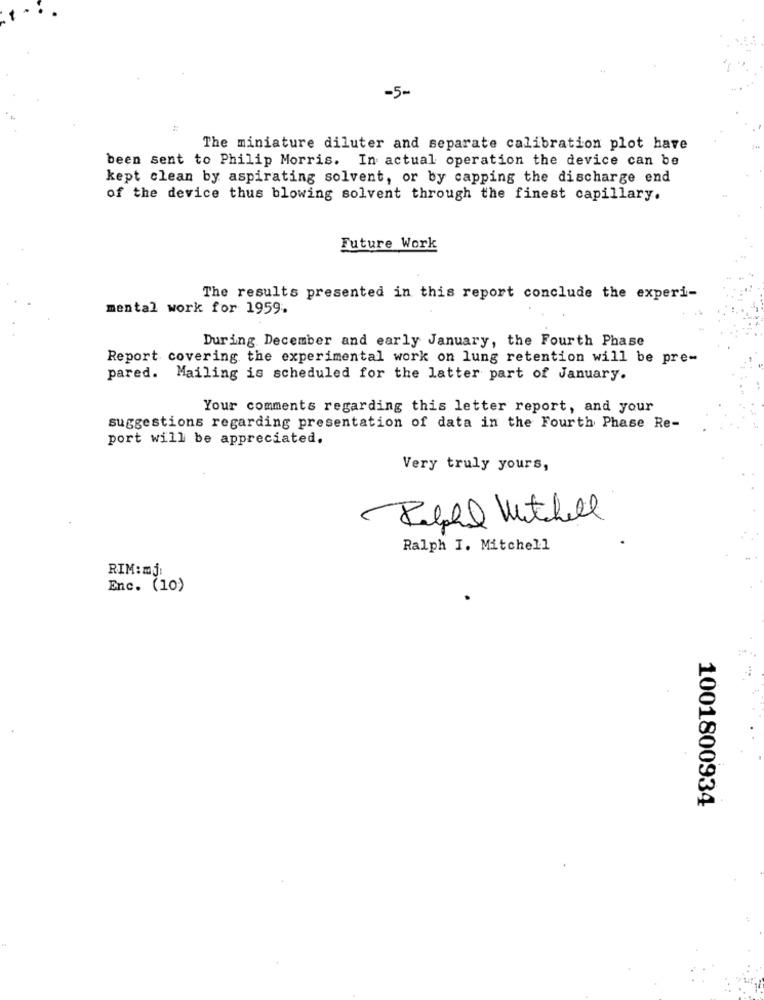
-5-
The miniature diluter and separate calibration plot have
been sent to Philip Morris. In actual operation the device can be
kept clean by aspirating solvent, or by capping the discharge end
of the device thus blowing solvent through the finest capillary.
Future Work
The results presented in this report conclude the experi-
mental work for 1959.
During December and early January, the Fourth Phase
Report covering the experimental work on lung retention will be pre-
pared. Mailing is scheduled for the latter part of January.
Your comments regarding this letter report, and your
suggestions regarding presentation of data in the Fourth Phase Re-
port will be appreciated.
Very truly yours,
Ralpha Witchell
Ralph I. Mitchell
RIM:mj:
Enc. (10)
1001800934